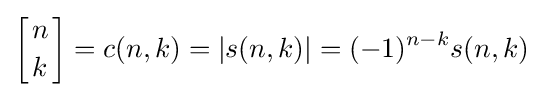
{\biggl [}{n \atop k}{\biggr ]}=c(n,k)=|s(n,k)|=(-1)^{n-k}s(n,k)